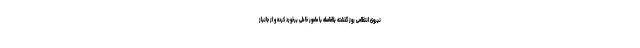
نیروی انتظامی روز گذشته بلافاصله با مامور خاطی برخورد کرده و از جانباز